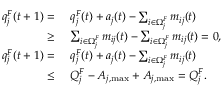
\begin{array} { r l } { q _ { j } ^ { F } ( t + 1 ) = ~ } & { q _ { j } ^ { F } ( t ) + a _ { j } ( t ) - \sum _ { i \in \Omega _ { j } ^ { F } } m _ { i j } ( t ) } \\ { \ge ~ } & { \sum _ { i \in \Omega _ { j } ^ { F } } m _ { i j } ( t ) - \sum _ { i \in \Omega _ { j } ^ { F } } m _ { i j } ( t ) = 0 , } \\ { q _ { j } ^ { F } ( t + 1 ) = ~ } & { q _ { j } ^ { F } ( t ) + a _ { j } ( t ) - \sum _ { i \in \Omega _ { j } ^ { F } } m _ { i j } ( t ) } \\ { \le ~ } & { Q _ { j } ^ { F } - A _ { j , \operatorname* { m a x } } + A _ { j , \operatorname* { m a x } } = Q _ { j } ^ { F } . } \end{array}